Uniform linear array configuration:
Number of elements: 4
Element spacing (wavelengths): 0.5
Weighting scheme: hann
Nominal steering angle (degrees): -15
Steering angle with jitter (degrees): -15.394
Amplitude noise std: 0.05
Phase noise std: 0.05

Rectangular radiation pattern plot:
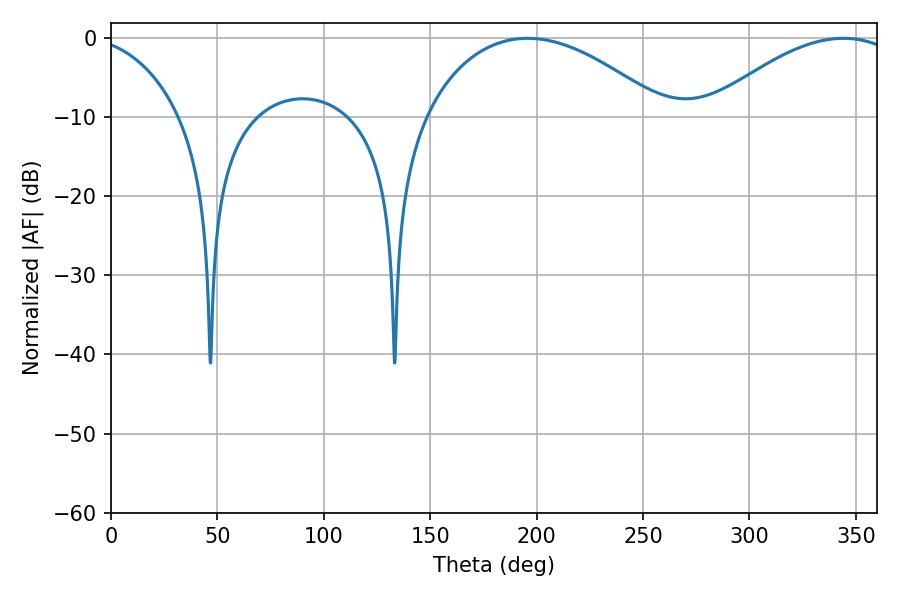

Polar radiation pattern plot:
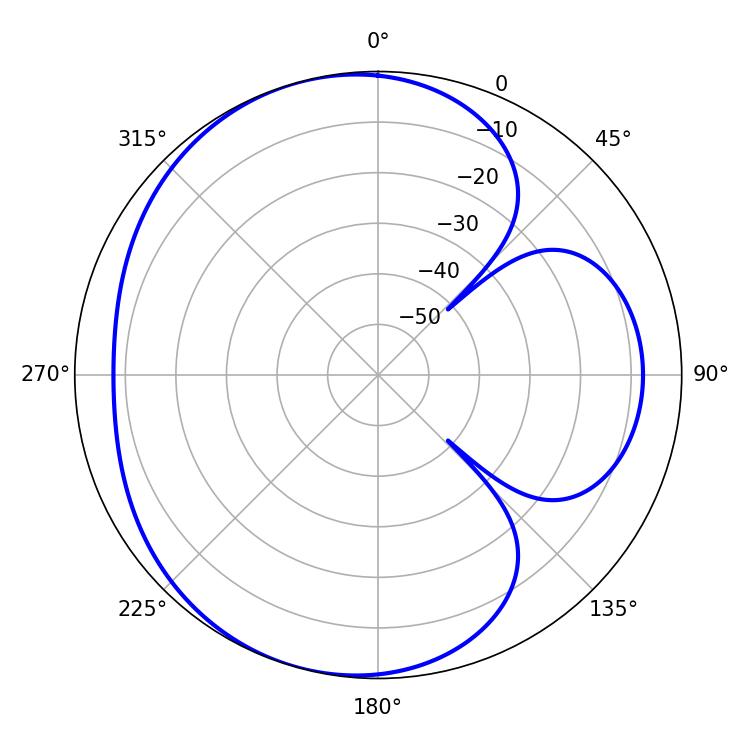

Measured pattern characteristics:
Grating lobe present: FALSE
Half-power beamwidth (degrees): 63.54
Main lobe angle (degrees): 195.84